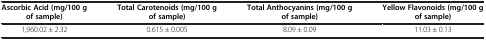
<table><thead><tr><td><b>Ascorbic Acid (mg/100 g of sample)</b></td><td><b>Total Carotenoids (mg/100 g of sample)</b></td><td><b>Total Anthocyanins (mg/100 g of sample)</b></td><td><b>Yellow Flavonoids (mg/100 g of sample)</b></td></tr></thead><tbody><tr><td>1,960.02 ± 2.32</td><td>0.615 ± 0.005</td><td>8.09 ± 0.09</td><td>11.03 ± 0.13</td></tr></tbody></table>